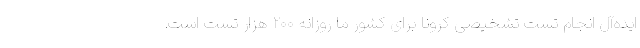
ایده‌آل انجام تست تشخیصی کرونا برای کشور ما روزانه ۲۰۰ هزار تست است.